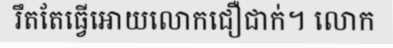
រឹតតែធ្វើអោយលោកជឿជាក់។ លោក